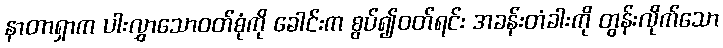
နာတာရှာက ပါးလွှာသောဝတ်စုံကို ခေါင်းက စွပ်၍ဝတ်ရင်း အခန်းတံခါးကို တွန်းလိုက်သော